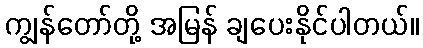
ကျွန်တော်တို့ အမြန် ချပေးနိုင်ပါတယ်။